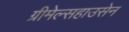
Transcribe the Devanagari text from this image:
ग्रीमेल्सहाउसेन